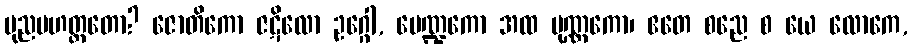
ပုညမဟတ္တတော? ဇောတိကော ဇဋိလော ဥဂ္ဂေါ, မေဏ္ဍကော အထ ပုဏ္ဏကော၊ ဧတေ စညေ စ ယေ လောကေ,